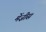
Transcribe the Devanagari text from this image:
मेंज़ीस